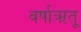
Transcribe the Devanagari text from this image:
वर्षाऋतू